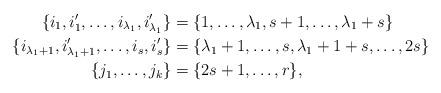
LaTeX: \begin{align*}\{i_1,i'_1,\ldots,i_{\lambda_1},i'_{\lambda_1}\} &= \{1,\ldots,\lambda_1,s+1,\ldots,\lambda_1+s\}\\\{i_{\lambda_1+1},i'_{\lambda_1+1},\ldots,i_{s},i'_{s}\} &= \{\lambda_1+1,\ldots,s,\lambda_1+1+s,\ldots,2s\}\\\{j_1,\ldots,j_k\} &= \{2s+1,\ldots,r\},\end{align*}